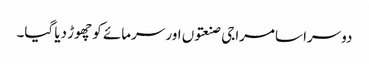
دوسرا سامراجی صنعتوں اور سرمائے کو چھوڑ دیا گیا۔